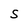
Character: S